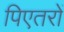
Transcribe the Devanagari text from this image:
पिएतरों